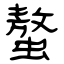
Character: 螯